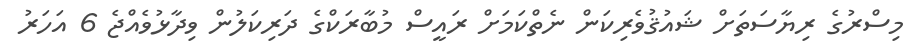
މިސްރުގެ ރިޔާސަތަށް ޝައުޤުވެރިކަން ނެތްކަމަށް ރައީސް މުބާރަކްގެ ދަރިކަލުން ވިދާޅުވެއްޖެ 6 އަހަރު